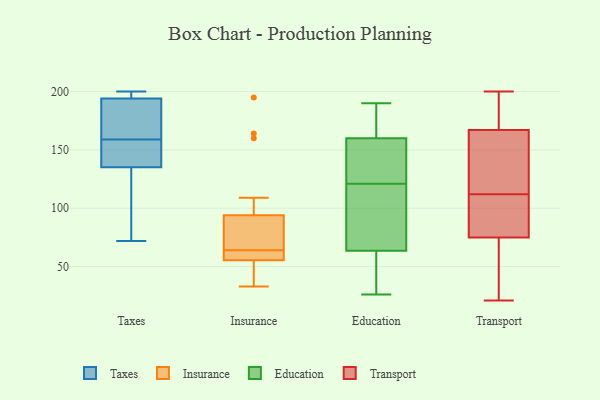
{"axis": {"x": "Active Users", "y": "Value"}, "legend": ["Education", "Insurance", "Taxes", "Transport"], "data": [{"x": "", "y": 174, "type": "Taxes"}, {"x": "", "y": 72, "type": "Taxes"}, {"x": "", "y": 134, "type": "Taxes"}, {"x": "", "y": 179, "type": "Taxes"}, {"x": "", "y": 139, "type": "Taxes"}, {"x": "", "y": 127, "type": "Taxes"}, {"x": "", "y": 200, "type": "Taxes"}, {"x": "", "y": 157, "type": "Taxes"}, {"x": "", "y": 199, "type": "Taxes"}, {"x": "", "y": 200, "type": "Taxes"}, {"x": "", "y": 159, "type": "Taxes"}, {"x": "", "y": 42, "type": "Insurance"}, {"x": "", "y": 33, "type": "Insurance"}, {"x": "", "y": 60, "type": "Insurance"}, {"x": "", "y": 60, "type": "Insurance"}, {"x": "", "y": 164, "type": "Insurance"}, {"x": "", "y": 64, "type": "Insurance"}, {"x": "", "y": 109, "type": "Insurance"}, {"x": "", "y": 195, "type": "Insurance"}, {"x": "", "y": 69, "type": "Insurance"}, {"x": "", "y": 64, "type": "Insurance"}, {"x": "", "y": 79, "type": "Insurance"}, {"x": "", "y": 60, "type": "Insurance"}, {"x": "", "y": 48, "type": "Insurance"}, {"x": "", "y": 51, "type": "Insurance"}, {"x": "", "y": 160, "type": "Insurance"}, {"x": "", "y": 79, "type": "Insurance"}, {"x": "", "y": 172, "type": "Education"}, {"x": "", "y": 148, "type": "Education"}, {"x": "", "y": 146, "type": "Education"}, {"x": "", "y": 126, "type": "Education"}, {"x": "", "y": 74, "type": "Education"}, {"x": "", "y": 116, "type": "Education"}, {"x": "", "y": 53, "type": "Education"}, {"x": "", "y": 26, "type": "Education"}, {"x": "", "y": 190, "type": "Education"}, {"x": "", "y": 42, "type": "Education"}, {"x": "", "y": 178, "type": "Education"}, {"x": "", "y": 102, "type": "Education"}, {"x": "", "y": 123, "type": "Transport"}, {"x": "", "y": 71, "type": "Transport"}, {"x": "", "y": 174, "type": "Transport"}, {"x": "", "y": 21, "type": "Transport"}, {"x": "", "y": 95, "type": "Transport"}, {"x": "", "y": 161, "type": "Transport"}, {"x": "", "y": 187, "type": "Transport"}, {"x": "", "y": 133, "type": "Transport"}, {"x": "", "y": 38, "type": "Transport"}, {"x": "", "y": 26, "type": "Transport"}, {"x": "", "y": 200, "type": "Transport"}, {"x": "", "y": 109, "type": "Transport"}, {"x": "", "y": 98, "type": "Transport"}, {"x": "", "y": 173, "type": "Transport"}, {"x": "", "y": 79, "type": "Transport"}, {"x": "", "y": 115, "type": "Transport"}]}